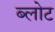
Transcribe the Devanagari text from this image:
ब्लोट